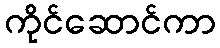
ကိုင်ဆောင်ကာ